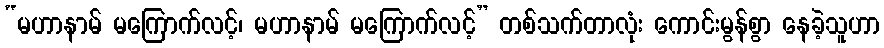
“မဟာနာမ် မကြောက်လင့်၊ မဟာနာမ် မကြောက်လင့်” တစ်သက်တာလုံး ကောင်းမွန်စွာ နေခဲ့သူဟာ